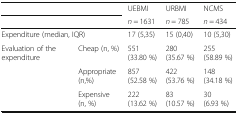
<table><thead><tr><td colspan="2"></td><td><b>UEBMI</b></td><td><b>URBMI</b></td><td><b>NCMS</b></td></tr><tr><td colspan="2"></td><td><b><i>n</i> = 1631</b></td><td><b><i>n</i> = 785</b></td><td><b><i>n</i> = 434</b></td></tr></thead><tbody><tr><td colspan="2">Expenditure (median, IQR)</td><td>17 (5,35)</td><td>15 (0,40)</td><td>10 (5,30)</td></tr><tr><td rowspan="3">Evaluation of the expenditure</td><td>Cheap (n, %)</td><td>551 (33.80 %)</td><td>280 (35.67 %)</td><td>255 (58.89 %)</td></tr><tr><td>Appropriate (n,%)</td><td>857 (52.58 %)</td><td>422 (53.76 %)</td><td>148 (34.18 %)</td></tr><tr><td>Expensive (n, %)</td><td>222 (13.62 %)</td><td>83 (10.57 %)</td><td>30 (6.93 %)</td></tr></tbody></table>